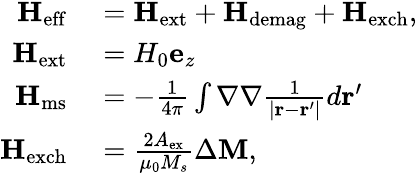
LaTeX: \begin{array}{rl}{\mathbf{H}_{\mathrm{eff}}}&{{}=\mathbf{H}_{\mathrm{ext}}+\mathbf{H}_{\mathrm{demag}}+\mathbf{H}_{\mathrm{exch}},}\\ {\mathbf{H}_{\mathrm{ext}}}&{{}=H_{0}\mathbf{e}_{z}}\\ {\mathbf{H}_{\mathrm{ms}}}&{{}=-\frac{1}{4\pi}\int\nabla\nabla\frac{1}{\lvert\mathbf{r}-\mathbf{r}^{\prime}\rvert}d\mathbf{r}^{\prime}}\\ {\mathbf{H}_{\mathrm{exch}}}&{{}=\frac{2A_{\mathrm{ex}}}{\mu_{0}M_{s}}\Delta\mathbf{M},}\end{array}